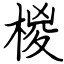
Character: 椶